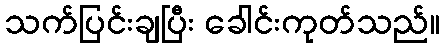
သက်ပြင်းချပြီး ခေါင်းကုတ်သည်။